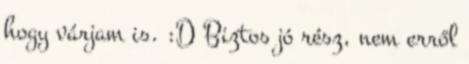
hogy várjam is. :D Biztos jó rész, nem erről